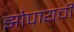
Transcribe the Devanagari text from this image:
झोपायची